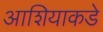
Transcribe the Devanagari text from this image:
आशियाकडे